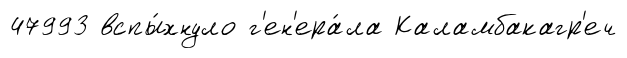
47993 вспы́хнуло г'ен'ера́ла Каламбакагр'еч